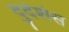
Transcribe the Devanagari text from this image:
दुर्दशेस